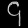
Digit: ၄